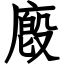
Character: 廏